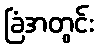
ခြံအတွင်း